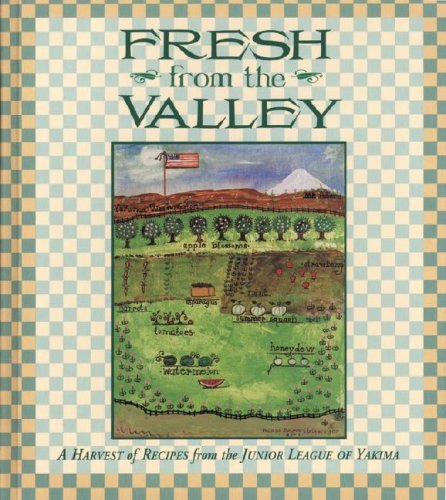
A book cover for Fresh from the Valley; Junior League of Yakima; Cookbooks, Food & Wine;